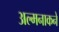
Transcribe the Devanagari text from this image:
अल्मनाकने